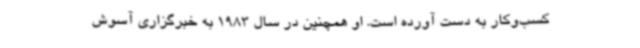
کسب‌وکار به دست آورده است. او همچنین در سال 1983 به خبرگزاری آسوش